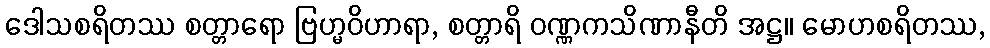
ဒေါသစရိတဿ စတ္တာရော ဗြဟ္မဝိဟာရာ, စတ္တာရိ ဝဏ္ဏကသိဏာနီတိ အဋ္ဌ။ မောဟစရိတဿ,